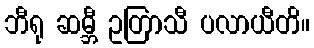
ဘီရု ဆမ္ဘီ ဥတြာသီ ပလာယီတိ။